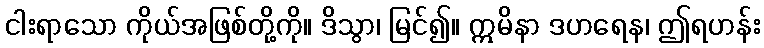
ငါးရာသော ကိုယ်အဖြစ်တို့ကို။ ဒိသွာ၊ မြင်၍။ ဣမိနာ ဒဟရေန၊ ဤရဟန်း